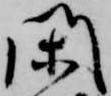
閑